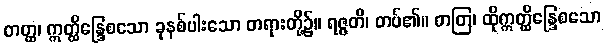
တတ္ထ၊ ဣတ္ထိန္ဒြေစသော ခုနစ်ပါးသော တရားတို့၌။ ရဇ္ဇတိ၊ တပ်၏။ တတြ၊ ထိုဣတ္ထိန္ဒြေစသော